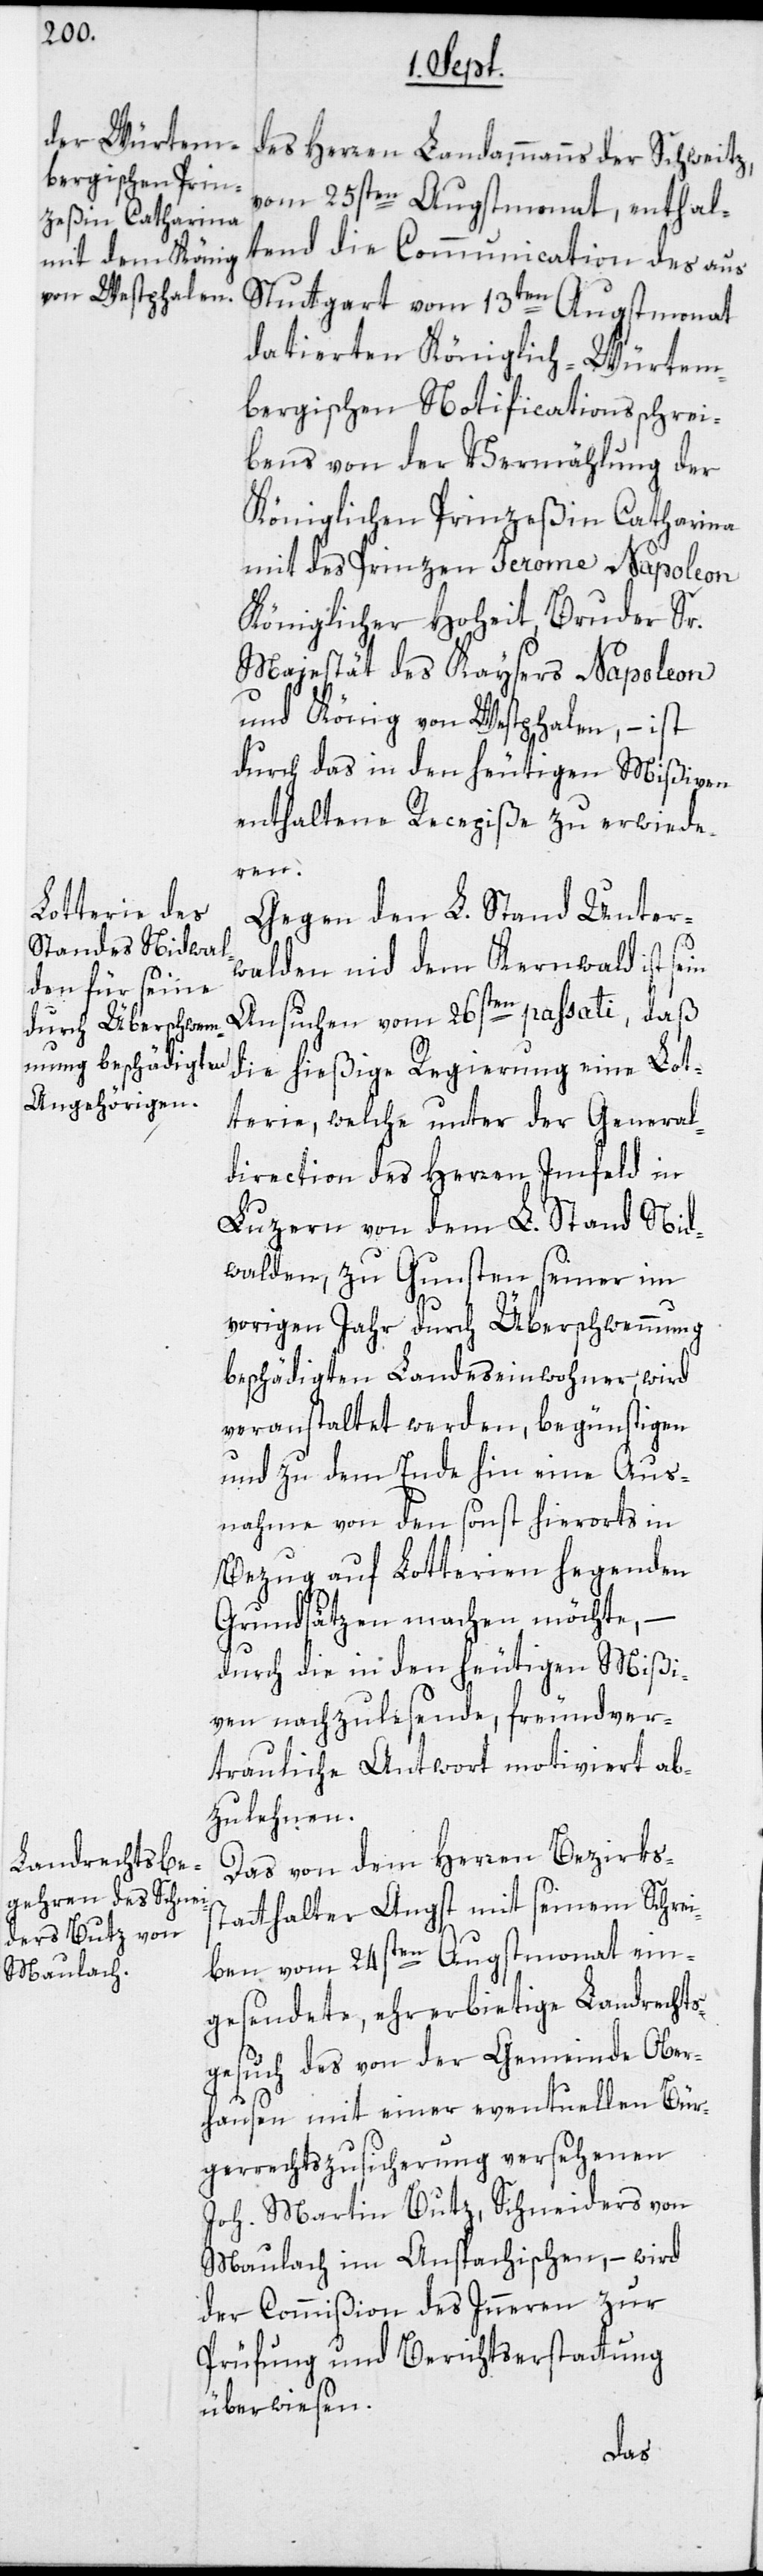
des Herren Landammanns der Schweitz,
vom 25sten Augstmonat, enthal¬
tend die Communication des aus
Stuttgart vom 13ten Augstmonat
datierten Königlich-Würtem¬
bergischen Notificationsschrei¬
bens von der Vermählung der
Königlichen Prinzeßin Catharina
mit des Prinzen Jerome-Napoleon
Königlicher Hohheit, Bruder Sr.
Majestät des Kaysers Napoleon
und König von Westphalen, – ist
durch das in den heutigen Mißiven
enthaltene Recepiße zu erwiede¬
ren.
Gegen den L. Stand Unter¬
walden nid dem Kernwald ist sein
Ansuchen vom 26sten passati, daß
die hießige Regierung eine Lot¬
terie, welche unter der General¬
direction des Herren Imfeld in
Luzern von dem L. Stand Nid¬
walden, zu Gunsten seiner im
vorigen Jahr durch Überschwemmung
beschädigten Landeseinwohner, wird
veranstaltet werden, begünstigen
und zu dem Ende hin eine Aus¬
nahme von den sonst hierorts in
Bezug auf Lotterien hegenden
Grundsätzen machen möchte, –
durch die in den heutigen Mißi¬
ven nachzulesende, freundver¬
trauliche Antwort motiviert ab¬
zulehnen.
Das von dem Herren Bezirks¬
statthalter Angst mit seinem Schrei¬
ben vom 24sten Augstmonat ein¬
gesendete, ehrerbietige Landrechts¬
gesuch des von der Gemeinde Ober¬
hausen mit einer eventuellen Bür¬
gerrechtszusicherung versehenen
Joh. Martin Butz, Schneiders von
Maulach im Anspachischen, – wird
der Commißion des Inneren zur
Prüfung und Berichtserstattung
überwiesen.